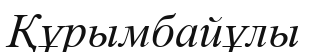
Құрымбайұлы